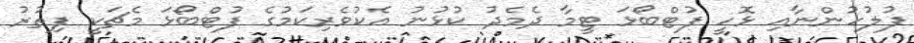
ފުލުހުންނާއި ޅޮހީ ފުޓްބޯޅަ ޓީމާ ދެމެދު ކުޅުނު އެކުވެރިކަމުގެ ފުޓްބޯޅަ މެޗަކީ ފިތުރު